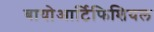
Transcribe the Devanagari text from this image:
बायोआर्टिफिशियल